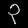
Digit: ၃